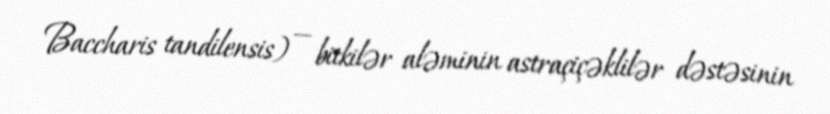
Baccharis tandilensis) — bitkilər aləminin astraçiçəklilər dəstəsinin